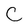
Character: C